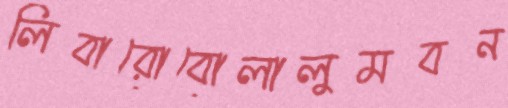
লিবারোবোলালুমবন